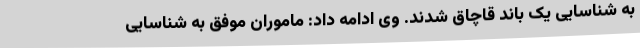
به شناسایی یک باند قاچاق شدند. وی ادامه داد: ماموران موفق به شناسایی